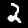
Digit: 2